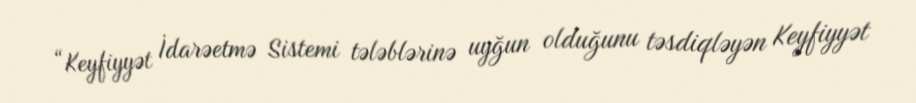
“Keyfiyyət İdarəetmə Sistemi tələblərinə uyğun olduğunu təsdiqləyən Keyfiyyət